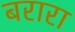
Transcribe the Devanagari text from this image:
बरारा